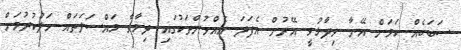
ސަބަބެއް ކަމަށް އޭނާ ވިދާޅުވީ އޭރުން އެފަދަ އެއްވުންތަކުގައި ދިމާވާ މައްސަލަތައް ހަލުކުރުމަށް